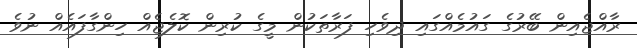
ރާއްޖެއިން ބޭރުގެ ގައުމެއްގައި ދިވެހި ފަރާތަކުން މީގެ ކުރިން ކޮލެޖެއް ހިންގާފައެއް ނުވެ